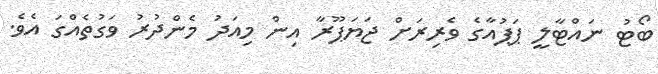
ބޯޓު ނައްޓާލީ ޕަޕުއާގެ ވެރިރަށް ޖަޔަޕޫރާ އިން މިއަދު މެންދުރު ވަގުތެއްގަ އެވެ.